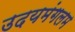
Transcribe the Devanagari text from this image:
उदयमंगलम